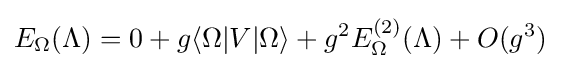
E_{\Omega }(\Lambda )=0+g\langle \Omega |V|\Omega \rangle +g^{2}E_{\Omega }^{(2)}(\Lambda )+O(g^{3})